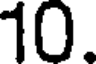
10.